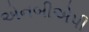
એનબીએપી